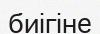
биігіне